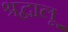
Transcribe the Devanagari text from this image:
श्रद्वालू